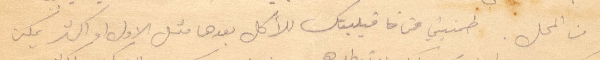
من المحل. طمنيني عن قيلبتك للأكل بعدها متل الأول واكثر يمكن